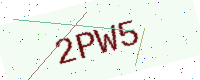
Text: 2PW5